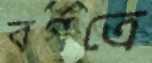
বর্গত্রে